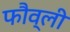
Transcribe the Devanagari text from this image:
फौव्ली